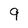
Character: 9